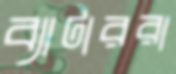
ব্যাটাররা